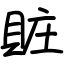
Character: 賍